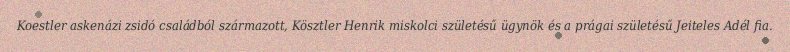
Koestler askenázi zsidó családból származott, Kösztler Henrik miskolci születésű ügynök és a prágai születésű Jeiteles Adél fia.